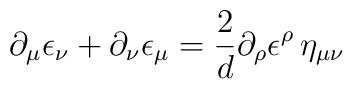
\partial_{\mu} \epsilon_{\nu}+\partial_{\nu} \epsilon_{\mu} = \frac{2}{d}\partial_{\rho} \epsilon^{\rho} \, \eta_{\mu \nu}